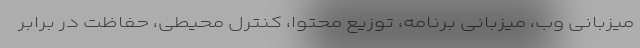
میزبانی وب، میزبانی برنامه، توزیع محتوا، کنترل محیطی، حفاظت در برابر